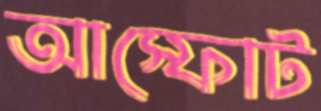
আস্ফোট